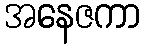
အနေဇကာ